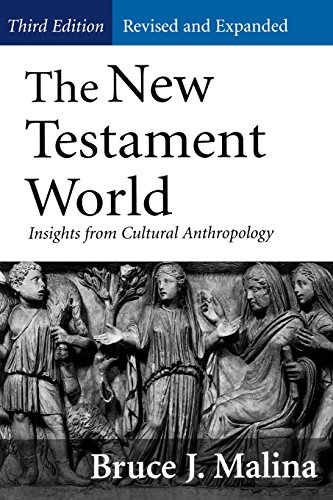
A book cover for The New Testament World: Insights from Cultural Anthropology 3rd edition; Bruce J. Malina; Christian Books & Bibles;